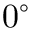
0 ^ { \circ }